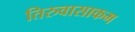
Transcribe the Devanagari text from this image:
तिरुवासाकम